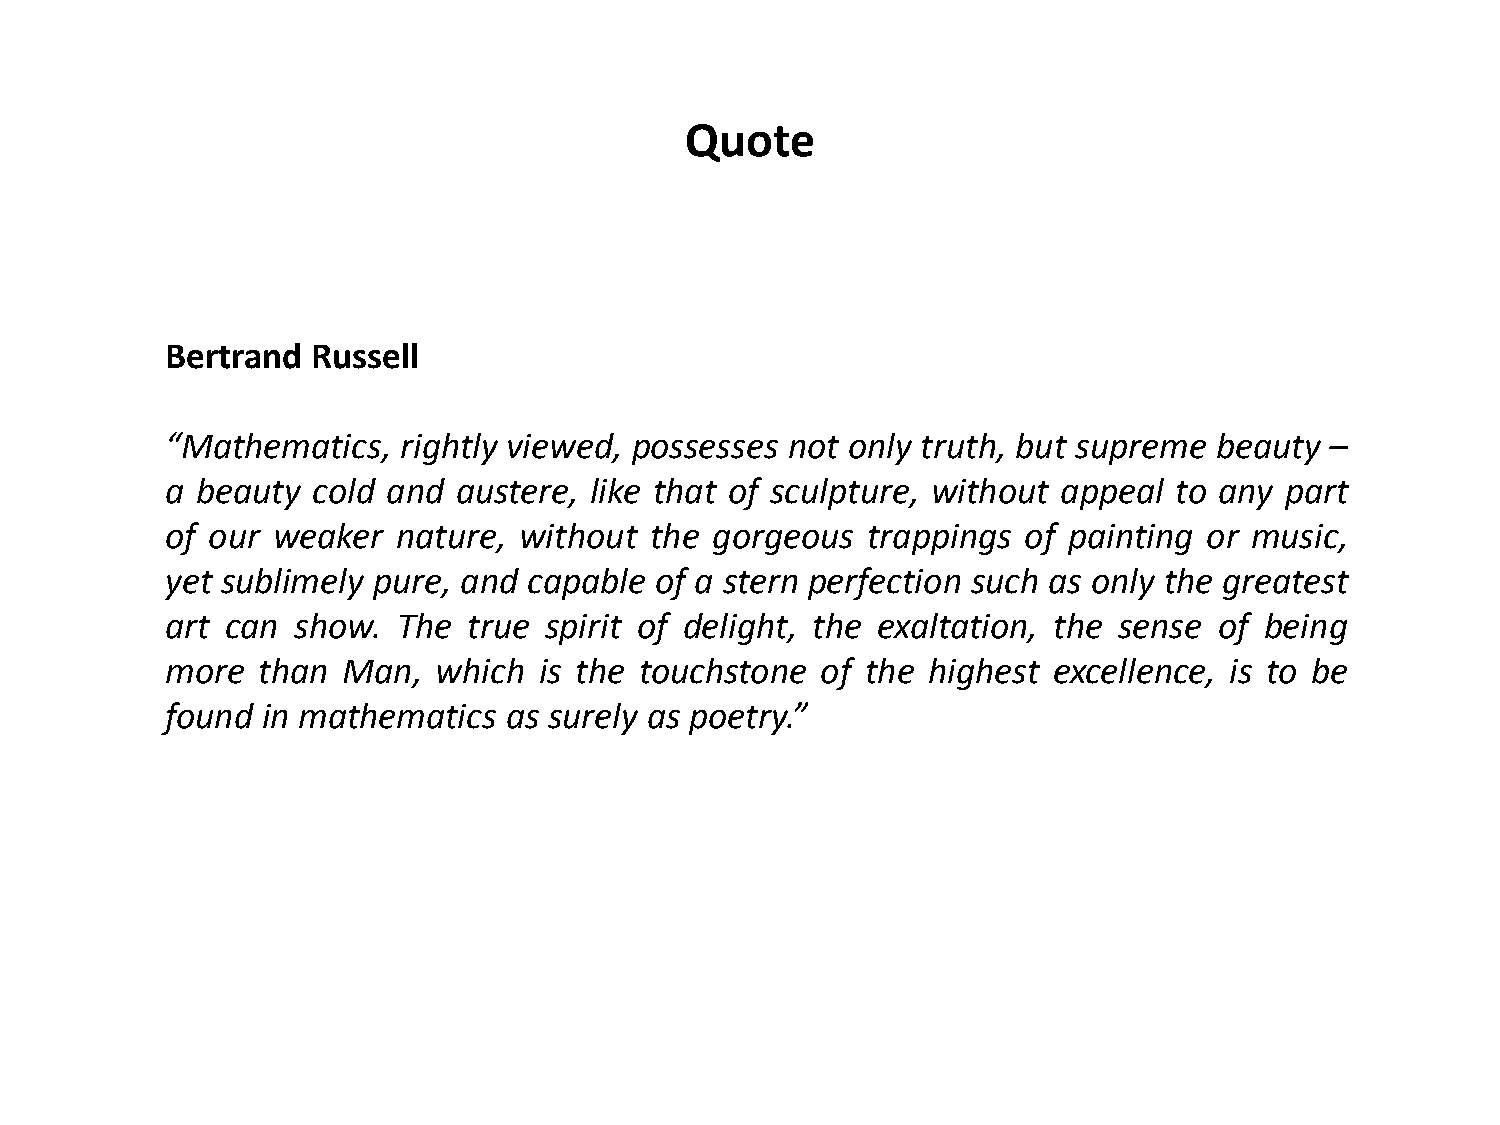
Quote
 Bertrand  Russell
 “Mathematics,  rightly viewed, possesses not only truth, but supreme beauty  –
 a beauty  cold and austere, like that of sculpture, without appeal to any part
 of our weaker  nature, without  the gorgeous  trappings  of painting or music,
 yet sublimely pure, and capable of a stern perfection such as only the greatest
 art can show.  The  true spirit of delight, the exaltation, the sense of being
 more  than  Man,  which  is the touchstone of the highest  excellence, is to be
 found in mathematics  as surely as poetry.”